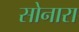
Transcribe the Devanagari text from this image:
सोनारा